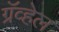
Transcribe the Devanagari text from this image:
ग्रॅव्हेल